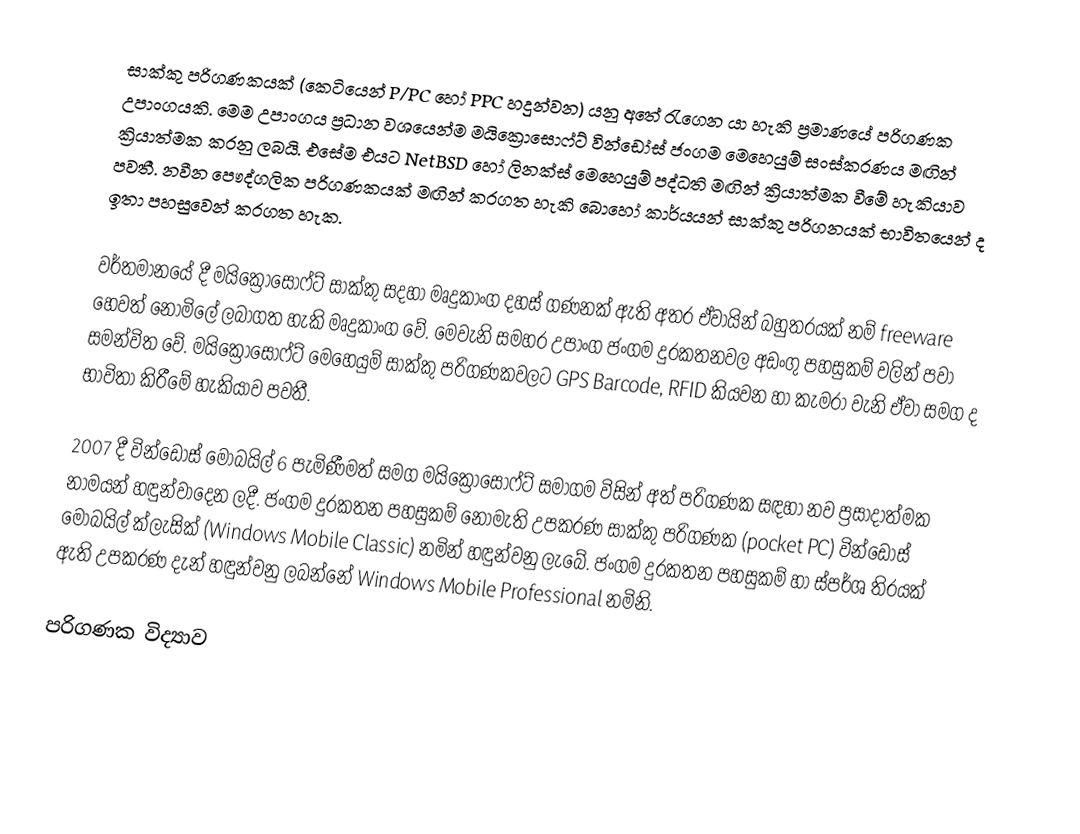
සාක්කු පරිගණකයක් (කෙටියෙන් P/PC හෝ PPC හදුන්වන) යනු අතේ රැගෙන යා හැකි ප්‍රමාණයේ පරිගණක උපාංගයකි. මෙම උපාංගය ප්‍රධාන වශයෙන්ම මයික්‍රොසොෆ්ට් වින්ඩෝස් ජංගම මෙහෙයුම් සංස්කරණය මඟින් ක්‍රියාත්මක කරනු ලබයි. එසේම එයට NetBSD හෝ ලිනක්ස් මෙහෙයුම් පද්ධති මඟින් ක්‍රියාත්මක වීමේ හැකියාව පවතී. නවීන පෞද්ගලික පරිගණකයක් මඟින් කරගත හැකි බොහෝ කාර්යයන් සාක්කු පරිගනයක් භාවි‍තයෙන් ද ඉතා පහසුවෙන් කරගත හැක.

වර්තමානයේ දී මයික්‍රොසොෆ්ට් සාක්කු සදහා මෘදුකාංග  දහස් ගණනක් ඇති අතර ඒවායින් බහුතරයක් නම් freeware හෙවත් නොමිලේ ලබාගත හැකි මෘදුකාංග වේ. මෙවැනි සමහර උපාංග ජංගම දුරකතනවල අඩංගු පහසුකම් වලින් පවා සමන්විත වේ. මයික්‍රොසොෆ්ට් මෙහෙයුම් සාක්කු පරිගණකවලට GPS Barcode, RFID කියවන හා කැමරා වැනි ඒවා සමග ද භාවිතා කිරීමේ හැකියාව පවතී.

2007 දී වින්ඩෝස් මොබයිල් 6 පැමිණීමත් සමග මයික්‍රොසොෆ්ට් සමාගම විසින් අත් පරිගණක සඳහා නව ප්‍රසාදාත්මක නාමයන් හඳුන්වාදෙන ලදී. ජංගම දුරකතන පහසුකම් නොමැති උපකරණ සාක්කු පරිගණක (pocket PC)  වින්ඩෝස් මොබයිල් ක්ලැසික් (Windows Mobile Classic) නමින් හඳුන්වනු ලැබේ. ජංගම දුරකතන පහසුකම් හා ස්පර්ශ තිරයක් ඇති උපකරණ දැන් හඳුන්වනු ලබන්නේ Windows Mobile Professional නමිනි.

පරිගණක විද්‍යාව